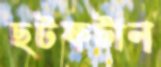
ছটফটান